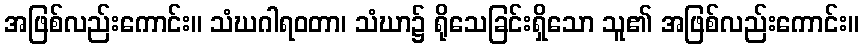
အဖြစ်လည်းကောင်း။ သံဃဂါရဝတာ၊ သံဃာ၌ ရိုသေခြင်းရှိသော သူ၏ အဖြစ်လည်းကောင်း။